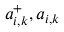
a _ { i , k } ^ { + } , a _ { i , k }